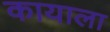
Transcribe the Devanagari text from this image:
कायाला